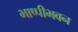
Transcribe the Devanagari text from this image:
भाष्पीभवन